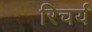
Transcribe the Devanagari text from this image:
रिचर्य